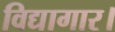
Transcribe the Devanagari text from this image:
विद्यागार।